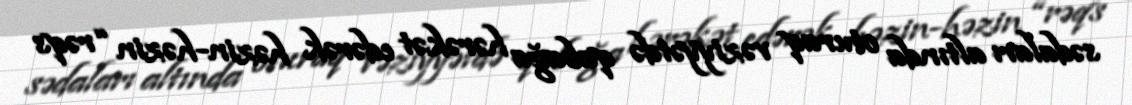
sədaları altında oturaq vəziyyətdə qabağa hərəkət edərək həzin-həzin “rəqs